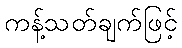
ကန့်သတ်ချက်ဖြင့်